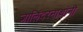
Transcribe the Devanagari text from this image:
जालिंदरनाथांनी